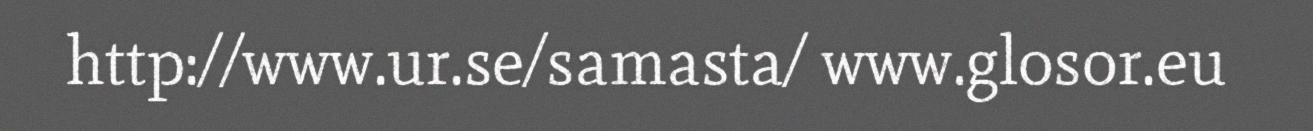
http://www.ur.se/samasta/ www.glosor.eu